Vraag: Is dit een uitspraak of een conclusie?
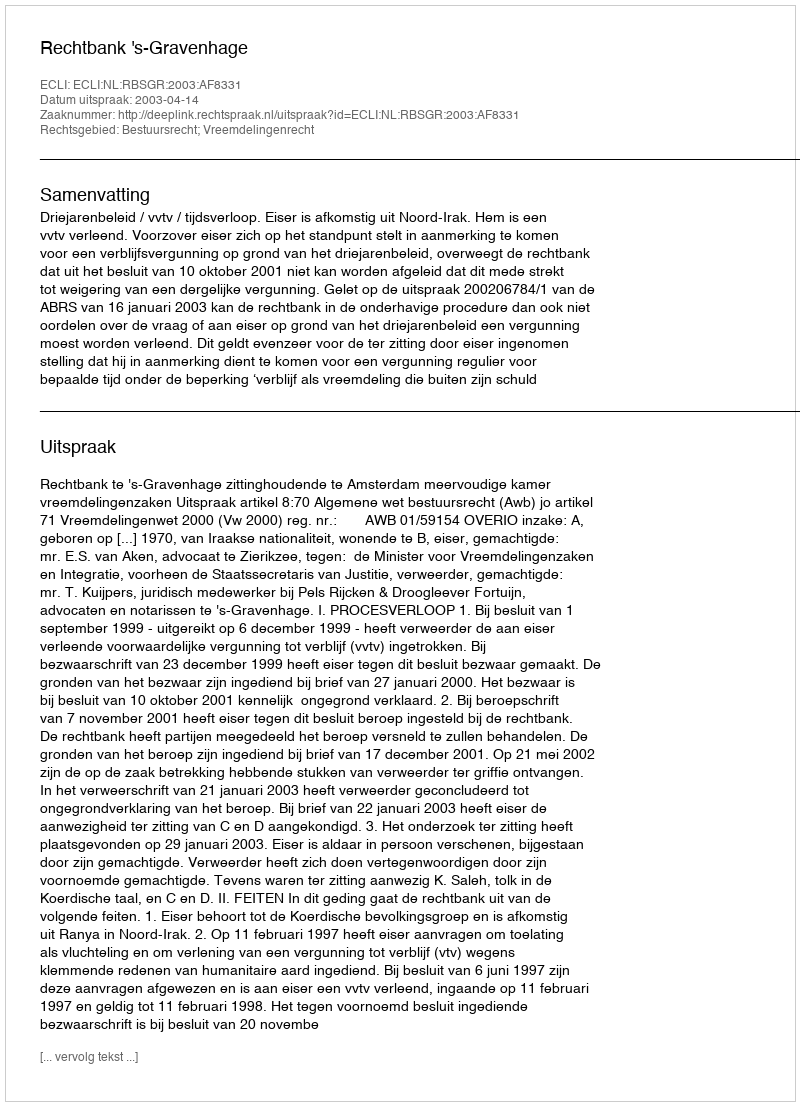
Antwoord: Uitspraak